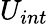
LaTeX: U_{int}